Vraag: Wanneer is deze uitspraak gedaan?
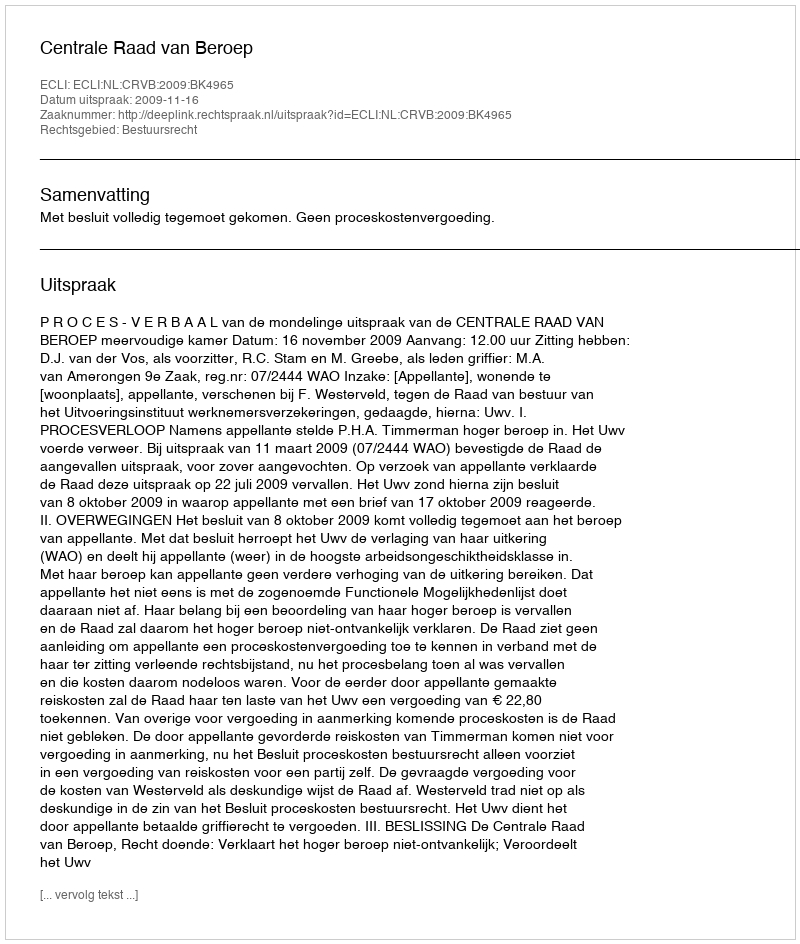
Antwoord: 2009-11-16